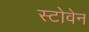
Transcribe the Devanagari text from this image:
स्टोवेन